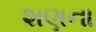
શણના